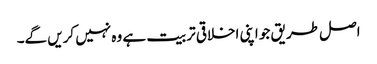
اصل طریق جو اپنی اخلاقی تربیت ہے وہ نہیں کریں گے۔